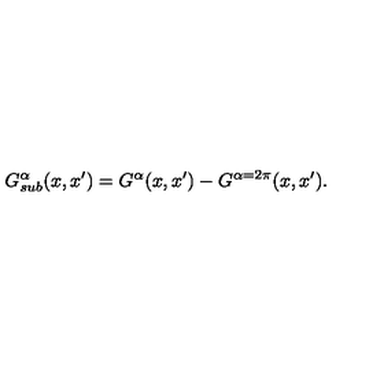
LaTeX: G _ { s u b } ^ { \alpha } ( x , x ^ { \prime } ) = G ^ { \alpha } ( x , x ^ { \prime } ) - G ^ { \alpha = 2 \pi } ( x , x ^ { \prime } ) .